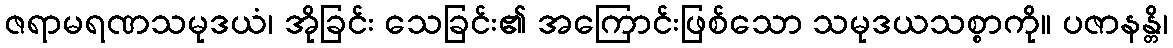
ဇရာမရဏသမုဒယံ၊ အိုခြင်း သေခြင်း၏ အကြောင်းဖြစ်သော သမုဒယသစ္စာကို။ ပဇာနန္တိ၊